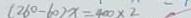
( 2 6 0 - 6 0 ) x = 4 0 0 \times 2